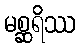
မစ္ဆရိဿ